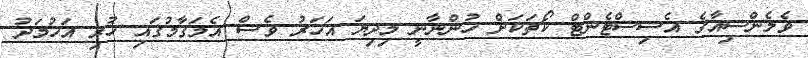
ވެލެންސިއާގެ އެސިސްޓެންޓް ކޯޗަކަށް ހުންނާނީ މިދިޔަ އަހަރު ވެސް އެމަގާމުގައި ހުރި އަހުމަދު